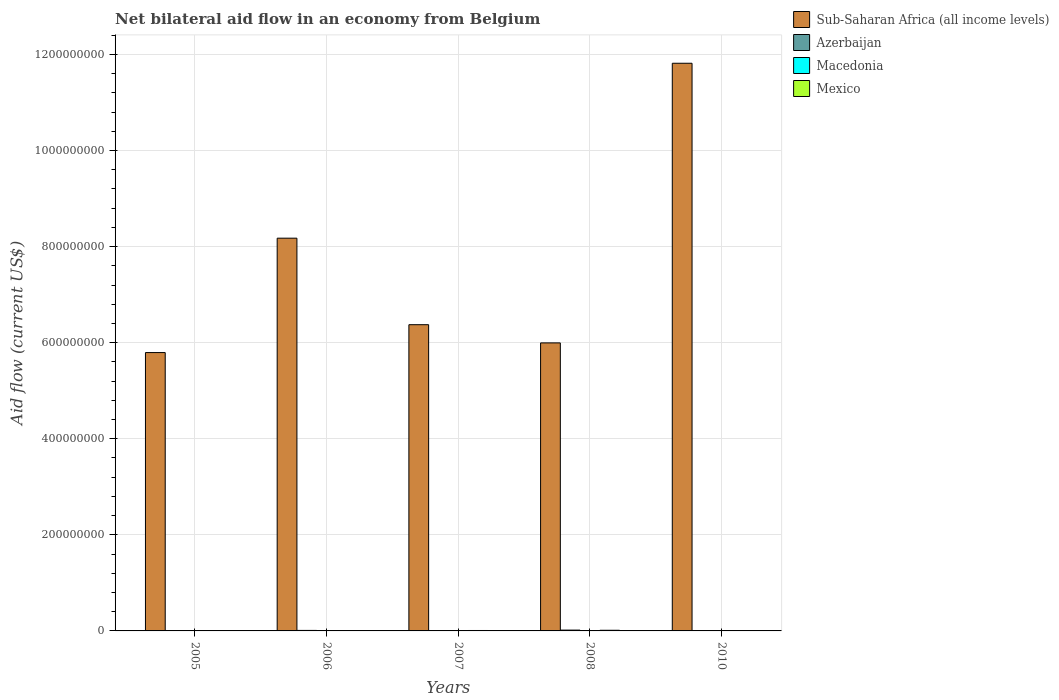
| Years | Sub-Saharan Africa (all income levels) | Azerbaijan | Macedonia | Mexico |
 | --- | --- | --- | --- | --- |
 | 2005 | 5.79e+08 | 7e+04 | 3.6e+05 | 5.4e+05 |
 | 2006 | 8.18e+08 | 1.07e+06 | 1.1e+05 | 2.9e+05 |
 | 2007 | 6.38e+08 | 2e+04 | 1.4e+05 | 9e+05 |
 | 2008 | 6e+08 | 1.71e+06 | 2e+05 | 1.36e+06 |
 | 2010 | 1.18e+09 | 1e+04 | 5e+04 | 5.8e+05 |